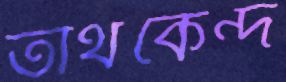
তীর্থকেন্দ